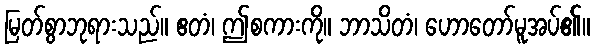
မြတ်စွာဘုရားသည်။ ဧတံ၊ ဤစကားကို။ ဘာသိတံ၊ ဟောတော်မူအပ်၏။